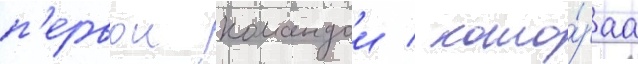
п'ервои командои / кото́раа